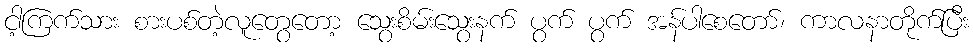
ငါ့ကြက်သား စားပစ်တဲ့လူတွေတော့ သွေးစိမ်းသွေးနက် ပွက် ပွက် အန်ပါစေတော်၊ ကာလနာတိုက်ပြီး